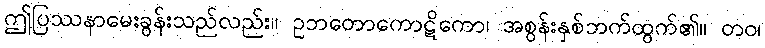
ဤပြဿနာမေးခွန်းသည်လည်း။ ဥဘတောကောဋိကော၊ အစွန်းနှစ်ဘက်ထွက်၏။ တဝ၊